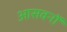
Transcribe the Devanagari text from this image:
आसवनों